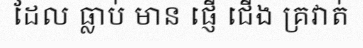
ដែល ធ្លាប់ មាន ផ្ញើ ជើង គ្រវាត់